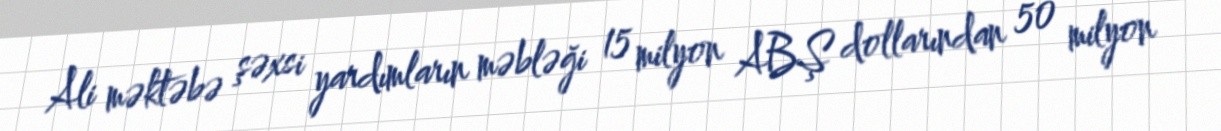
Ali məktəbə şəxsi yardımların məbləği 15 milyon ABŞ dollarından 50 milyon